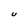
Character: U